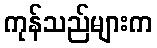
ကုန်သည်များက